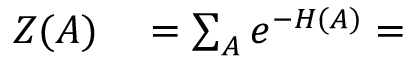
\begin{array} { r l } { Z ( A ) } & { { } = \sum _ { A } e ^ { - H ( A ) } = } \end{array}